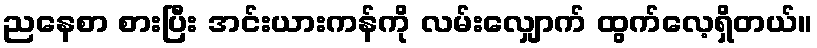
ညနေစာ စားပြီး အင်းယားကန်ကို လမ်းလျှောက် ထွက်လေ့ရှိတယ်။